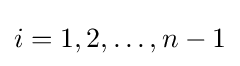
i=1,2,\dots ,n-1